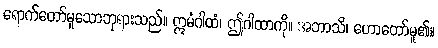
ရောက်တော်မူသောဘုရားသည်။ ဣမံဂါထံ၊ ဤဂါထာကို။ အဘာသိ၊ ဟောတော်မူ၏။